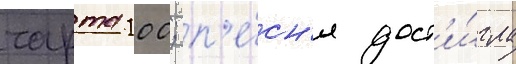
чарта 100; п'е́сн'я дост'и́гла